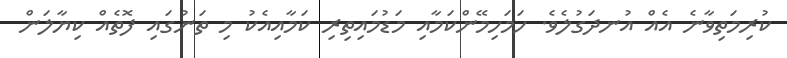
ކުރިމަތިވާނެ އެއް އުނދަގުލެވެ. ހަމަހިމޭންކަމާއި މަޑުމައިތިރި ކަމާއިއެކު މި ތަނުގައި ފޮތެއް ކިޔާލަން